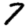
Digit: 7